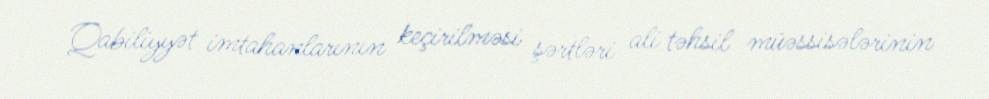
Qabiliyyət imtahanlarının keçirilməsi şərtləri ali təhsil müəssisələrinin